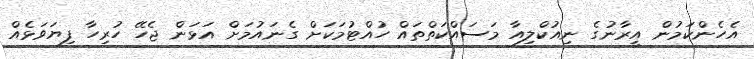
އެހެންކަމުން އީރާނުގެ ނިއުކްލިއާ މަސައްކަތްތައް ހުއްޓުމަކަށް ގެނައުމަށް އަޅަން ޖެހޭ ހުރިހާ ފިޔަވަޅެއް